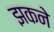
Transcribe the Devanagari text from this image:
झकने